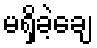
မရှိခဲ့ချေ